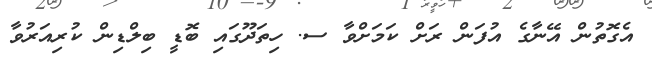
އެގޮތުން އޭނާގެ އުފަން ރަށް ކަމަށްވާ ސ. ހިތަދޫގައި ބޮޑީ ބިލްޑިން ކުރިއަރުވާ